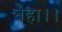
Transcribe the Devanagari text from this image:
नेहा।।